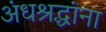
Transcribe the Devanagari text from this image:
अंधश्रद्धांना